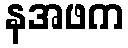
နအဖက